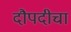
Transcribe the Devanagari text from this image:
दौपदीचा